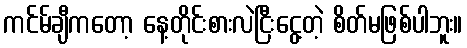
ကင်မ်ချီကတော့ နေ့တိုင်းစားလဲငြီးငွေ့တဲ့ စိတ်မဖြစ်ပါဘူး။